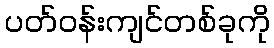
ပတ်ဝန်းကျင်တစ်ခုကို